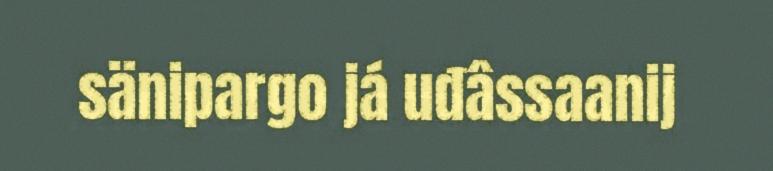
sänipargo já uđâssaanij